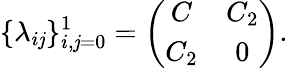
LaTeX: \{ \lambda_{i\mathit{j}}\} _{i,\mathit{j}=0}^{1}=\left(\begin{array}{cc}{{C}}&{{C_{2}}}\\ {{C_{2}}}&{{0}}\end{array}\right).